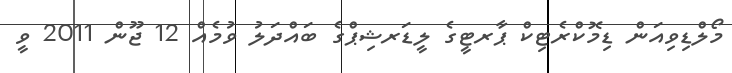
މޯލްޑިވިއަން ޑިމޮކްރެޓިކް ޕާރޓީގެ ލީޑަރޝިޕްގެ ބައްދަލު ވުމެއް 12 ޖޫން 2011 ވީ